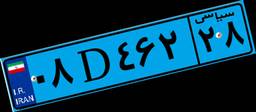
۸۸D۲۷۱۱۳